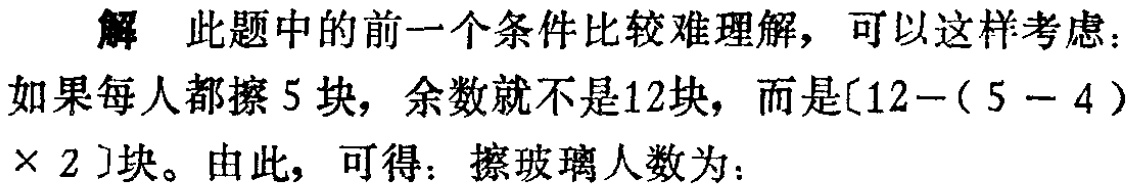
解 此题中的前一个条件比较难理解，可以这样考虑：

如果每人都擦 5 块，余数就不是12块，而是\([12-(5 - 4)\times 2]\)块。由此，可得：擦玻璃人数为：